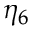
\eta _ { 6 }